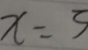
x = 3